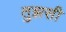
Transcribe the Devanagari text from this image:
तुझसी